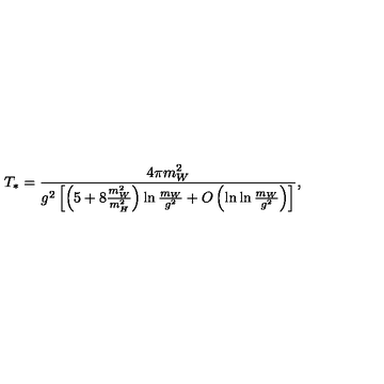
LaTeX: T _ { * } = \frac { 4 \pi m _ { W } ^ { 2 } } { g ^ { 2 } \left[ \left( 5 + 8 \frac { m _ { W } ^ { 2 } } { m _ { H } ^ { 2 } } \right) \ln \frac { m _ { W } } { g ^ { 2 } } + O \left( \ln \ln \frac { m _ { W } } { g ^ { 2 } } \right) \right] } ,